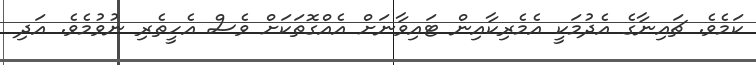
ކަމެވެ. ޗައިނާގެ އެދުމަކީ އެމެރިކާއިން ޓައިވާނަށް އެއްގޮތަކަށް ވެސް އެހީތެރި ނުވުމެވެ. އަދި